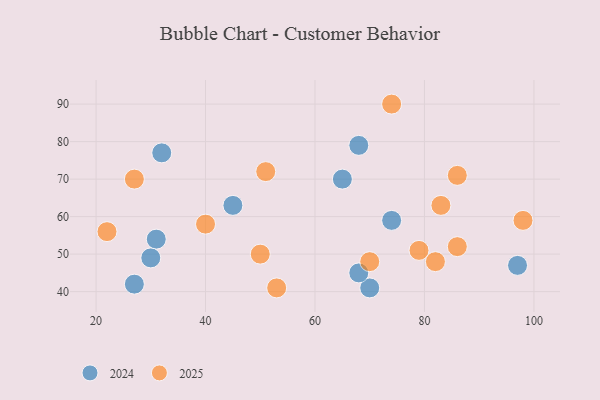
{"axis": {"x": "GDP", "y": "Life Expectancy"}, "legend": ["2024", "2025"], "data": [{"x": "86", "y": 71, "type": "2025"}, {"x": "53", "y": 41, "type": "2025"}, {"x": "79", "y": 51, "type": "2025"}, {"x": "74", "y": 90, "type": "2025"}, {"x": "22", "y": 56, "type": "2025"}, {"x": "86", "y": 52, "type": "2025"}, {"x": "82", "y": 48, "type": "2025"}, {"x": "27", "y": 70, "type": "2025"}, {"x": "40", "y": 58, "type": "2025"}, {"x": "51", "y": 72, "type": "2025"}, {"x": "98", "y": 59, "type": "2025"}, {"x": "83", "y": 63, "type": "2025"}, {"x": "50", "y": 50, "type": "2025"}, {"x": "70", "y": 48, "type": "2025"}, {"x": "65", "y": 70, "type": "2024"}, {"x": "97", "y": 47, "type": "2024"}, {"x": "68", "y": 79, "type": "2024"}, {"x": "45", "y": 63, "type": "2024"}, {"x": "27", "y": 42, "type": "2024"}, {"x": "32", "y": 77, "type": "2024"}, {"x": "31", "y": 54, "type": "2024"}, {"x": "30", "y": 49, "type": "2024"}, {"x": "74", "y": 59, "type": "2024"}, {"x": "70", "y": 41, "type": "2024"}, {"x": "68", "y": 45, "type": "2024"}]}